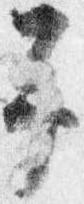
予